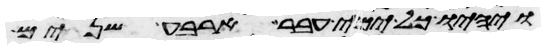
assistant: ויהיו כל ימי עבר ארבע שנים